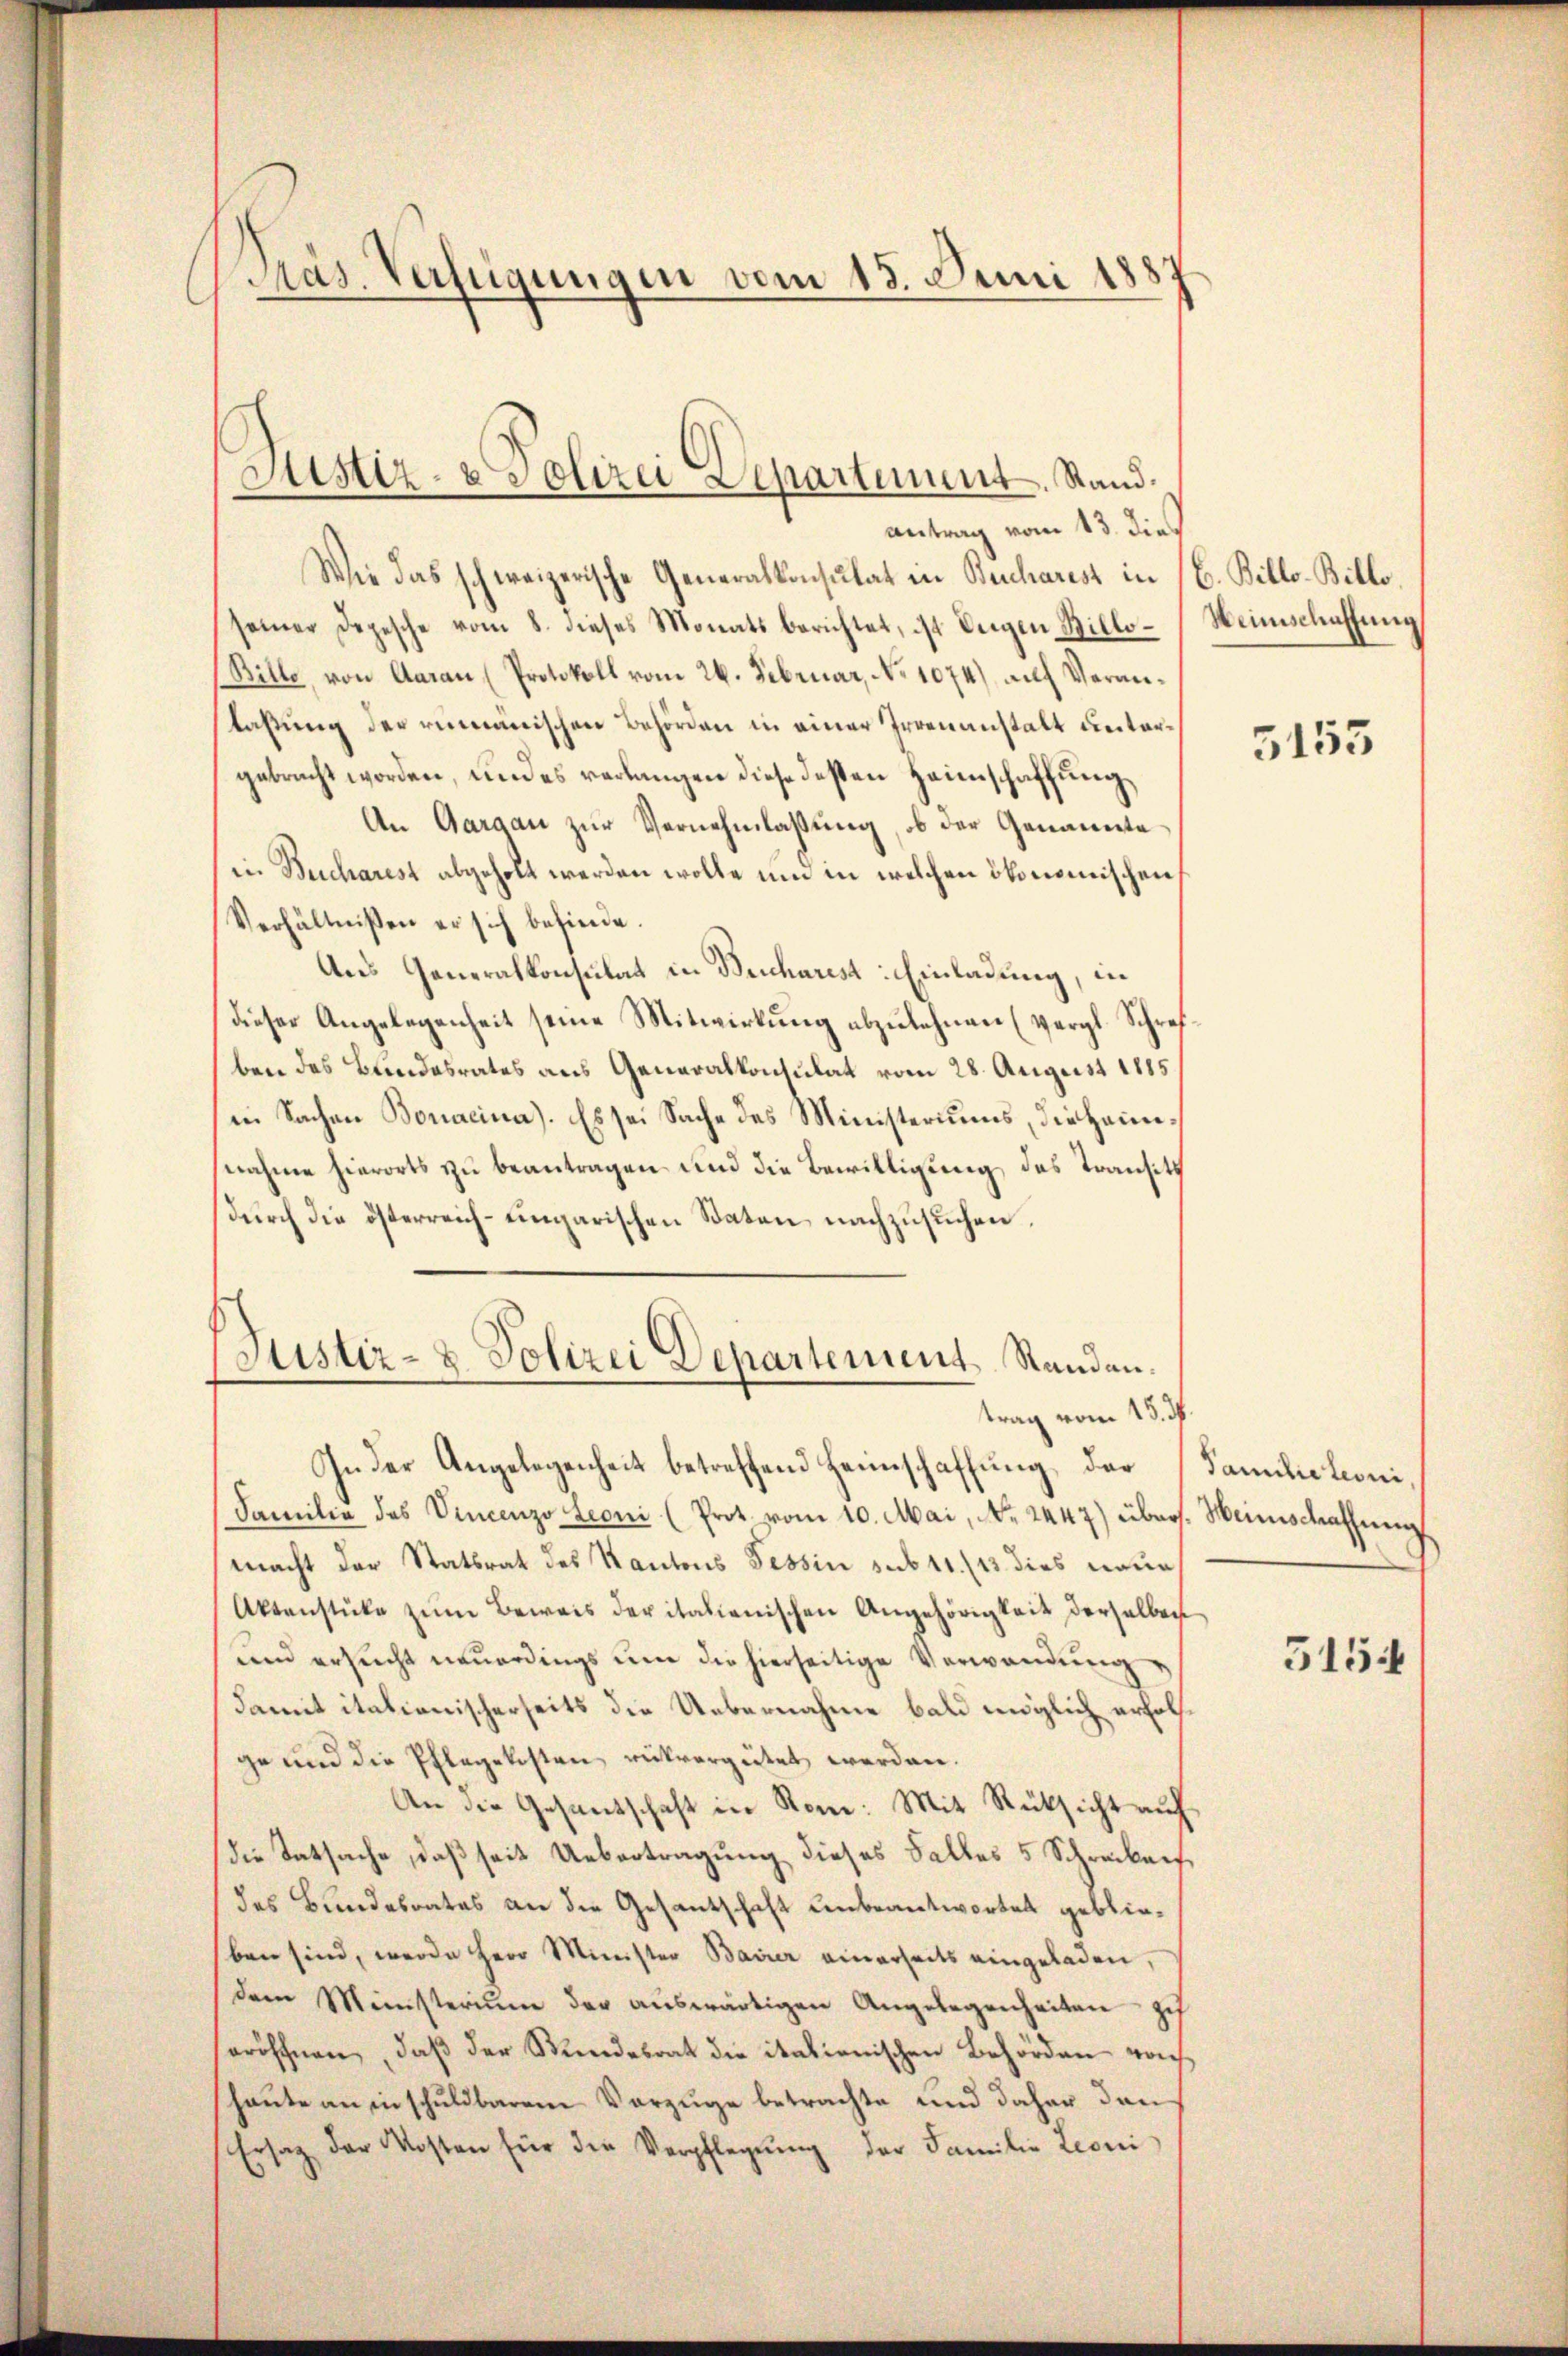
Päs. Verfügungen vom 15. Juni 1887

antrag vom 13. dies
Wie das schweizerische Generalkonsulat in Bucharest in
seiner Depesche vom 8. dieses Monats berichtet, ist Ingen Billo¬
Bille, von Aarau (Protokoll vom 26. Februar, No 1074) auf Veranlaßung der rumänischen Behörden in einer Irrenanstalt dietargebracht worden, und es verlangen diese desten Heimschaffung,
An Gargau zur Vernehmlassung, ob der Genannte
in Bucharest abgeholt werden wolle und in welchen ökonomischen
Verhältnißen er sich befinde.
Aus Generalkonsulat in Bucharest: Einladung, in
dieser Angelegenheit seine Mitwirkung abzulehnen (Vergl. Schrefben des Bundesrates aus Generalkonsulat vom 28. August 1885
in Sachen Bonacina). Es sei Sache des Ministeriums, die Heimnahme hierorts zu beantragen und die Bewilligung des Transitz
durch die österreich-ungarischen Saten nachzusuchen,
Justiz- & Polizei Departement Standantrag vom 15. d.
In der Angelegenheit betreffend Heimschaffung, das
Familie des Vincenzo Leoni (Prot vom 10. Mai, No. 2447) über
macht der Statsrat des Kantons Tessin sub 11./13 dies neue,
Aktenstüke zŭm Beweis der italienischen Angehörigkeit derselben
und ersucht neŭerdings um die hierseitige Verwandŭng
damit italionischerseits die Uebernahme bald möglich erholf
ge und die Pflegekosten rükvergütet werden.
An die Gesandschaft in Rom: Mit Rücksicht auch
die Tatsache, daß seit Uebertragung dieses Falles 5 Schreiben,
des Bundesrates an die Gesantschaft unbeantwortet geblieben sind, werde Herr Minister Bairer einerseits eingeladen,
dem Ministerium der aŭswärtigen Angelegenheiten zu
eröffnen, daß der Kindesrat die italienischen Behörden von
heute an in schuldbarem Vorzüge betrachte und daher den
Ersatz der Kosten für die Verpflegŭng der Familie Leoni

Sistiz- & Polizei Departement. Stand.

b. Billo-Bille
Heimschaffung

5155

Familie teoni
Weinschaffnung

5154